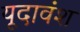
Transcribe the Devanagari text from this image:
यूदावंश